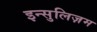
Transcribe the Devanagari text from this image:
इन्सुलिज़म